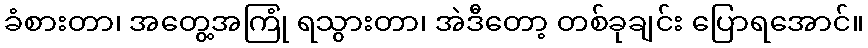
ခံစားတာ၊ အတွေ့အကြုံ ရသွားတာ၊ အဲဒီတော့ တစ်ခုချင်း ပြောရအောင်။